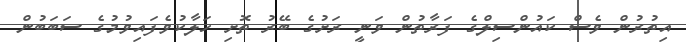
އިތުރުން ވެސް ކައުންސިލްގެ ފަރާތުން ވަނީ ރަށުގެ ބޭރު ތޮށި ހަލާކުވެފައިވުމުގެ ސަބަބުން